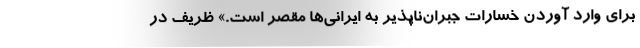
برای وارد آوردن خسارات جبران‌ناپذیر به ایرانی‌ها مقصر است.» ظریف در